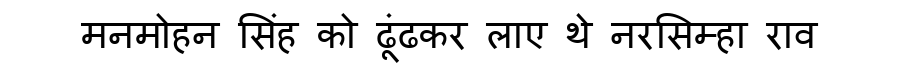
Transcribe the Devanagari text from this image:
मनमोहन सिंह को ढूंढकर लाए थे नरसिम्हा राव